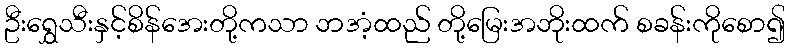
ဦးရွှေသီးနှင့်စိန်အေးတို့ကသာ ဘအံ့ထည် တို့မြေးအဘိုးထက် စခန်းကိုစော၍